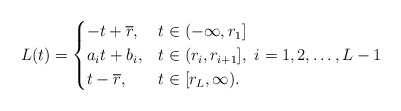
\begin{align*} L(t) = \begin{cases} -t + \overline{r}, & t \in (-\infty,r_1]\\a_it + b_i, & t \in (r_i, r_{i+1}],~ i=1,2,\ldots,L-1\\t-\overline{r}, & t \in [r_L,\infty).\end{cases}\end{align*}